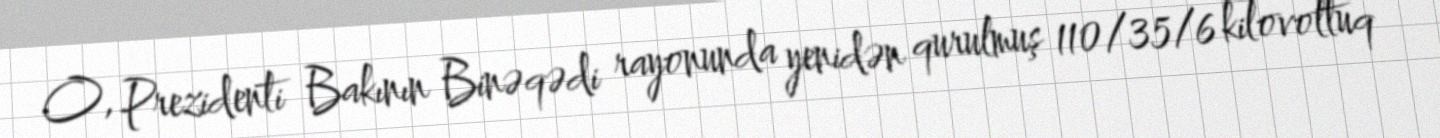
O, Prezidenti Bakının Binəqədi rayonunda yenidən qurulmuş 110/35/6 kilovoltuq